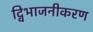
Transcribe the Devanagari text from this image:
द्विभाजनीकरण